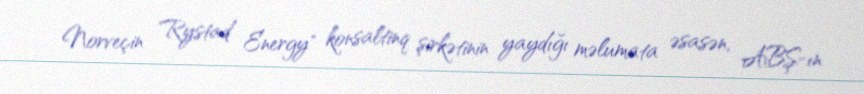
Norveçin "Rystad Energy" konsaltinq şirkətinin yaydığı məlumata əsasən, ABŞ-ın